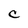
Character: C